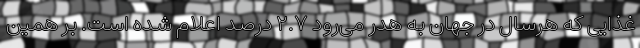
غذایی که هرسال در جهان به هدر می‌رود ۲.۷ درصد اعلام شده است. بر همین